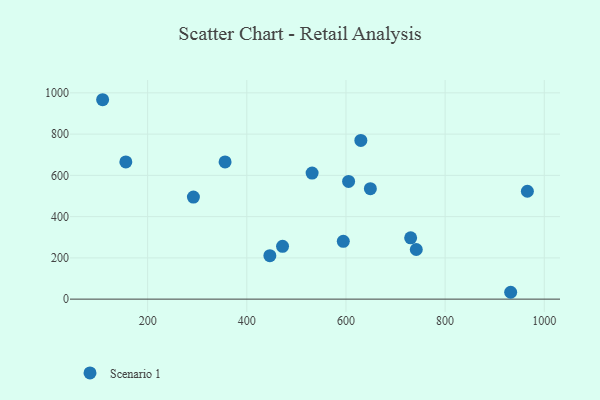
{"axis": {"x": "Price", "y": "Exam Score"}, "legend": ["Scenario 1"], "data": [{"x": "472.1", "y": 256.2, "type": "Scenario 1"}, {"x": "356.2", "y": 665.4, "type": "Scenario 1"}, {"x": "965.9", "y": 523.1, "type": "Scenario 1"}, {"x": "649.2", "y": 535.4, "type": "Scenario 1"}, {"x": "109.2", "y": 966.7, "type": "Scenario 1"}, {"x": "932.2", "y": 33.3, "type": "Scenario 1"}, {"x": "605.3", "y": 570.7, "type": "Scenario 1"}, {"x": "594.6", "y": 280.1, "type": "Scenario 1"}, {"x": "630.0", "y": 769.2, "type": "Scenario 1"}, {"x": "741.8", "y": 240.7, "type": "Scenario 1"}, {"x": "446.5", "y": 210.5, "type": "Scenario 1"}, {"x": "730.5", "y": 297.3, "type": "Scenario 1"}, {"x": "292.3", "y": 494.9, "type": "Scenario 1"}, {"x": "531.7", "y": 610.9, "type": "Scenario 1"}, {"x": "156.0", "y": 665.2, "type": "Scenario 1"}]}